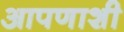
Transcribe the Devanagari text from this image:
आपणाशी